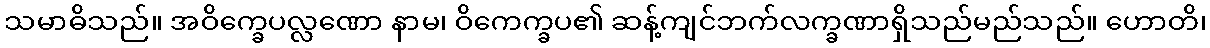
သမာဓိသည်။ အဝိက္ခေပလ္လဏော နာမ၊ ဝိကေက္ခပ၏ ဆန့်ကျင်ဘက်လက္ခဏာရှိသည်မည်သည်။ ဟောတိ၊